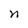
Character: n